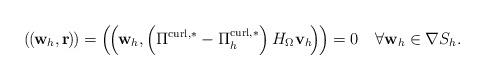
LaTeX: \begin{align*}\left(\kern-.1em\left(\kern-.1em\mathbf{w}_{h},\mathbf{r}\kern-.1em\right)\kern-.1em\right) =\left(\kern-.1em\left(\kern-.1em\mathbf{w}_{h},\left( \Pi^{\operatorname*{curl},\ast}-\Pi_{h}^{\operatorname*{curl},\ast}\right) H_{\Omega}\mathbf{v}_{h}\kern-.1em\right)\kern-.1em\right) =0\quad\forall\mathbf{w}_{h}\in\nabla S_{h}. \end{align*}